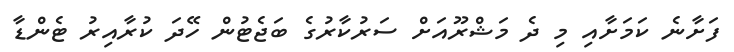
ފަށާނެ ކަމަށާއި މި ދެ މަޝްރޫއަށް ސަރުކާރުގެ ބަޖެޓުން ހޭދަ ކުރާއިރު ޓެންޑާ